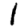
Digit: 1